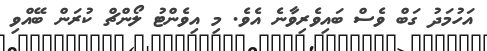
އަހުމަދު ގަބް ވެސް ބައިވެރިވާނެ އެވެ. މި އިވެންޓު ލޯންޗް ކުރަން ބޭއްވި